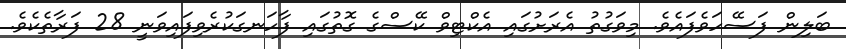
ބަލިން ފަސޭހަވެފައެވެ. މިވަގުތު އެރަށުގައި އެކްޓިވް ކޭސްގެ ގޮތުގައި ފާހަނގަކުރެވިފައިވަނީ 28 ފަރާތެކެވެ.